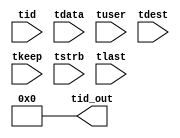

//*****************************************************************************
// (c) Copyright 2013 Xilinx, Inc. All rights reserved.
//
// This file contains confidential and proprietary information
// of Xilinx, Inc. and is protected under U.S. and
// international copyright and other intellectual property
// laws.
//
// DISCLAIMER
// This disclaimer is not a license and does not grant any
// rights to the materials distributed herewith. Except as
// otherwise provided in a valid license issued to you by
// Xilinx, and to the maximum extent permitted by applicable
// law: (1) THESE MATERIALS ARE MADE AVAILABLE "AS IS" AND
// WITH ALL FAULTS, AND XILINX HEREBY DISCLAIMS ALL WARRANTIES
// AND CONDITIONS, EXPRESS, IMPLIED, OR STATUTORY, INCLUDING
// BUT NOT LIMITED TO WARRANTIES OF MERCHANTABILITY, NON-
// INFRINGEMENT, OR FITNESS FOR ANY PARTICULAR PURPOSE; and
// (2) Xilinx shall not be liable (whether in contract or tort,
// including negligence, or under any other theory of
// liability) for any loss or damage of any kind or nature
// related to, arising under or in connection with these
// materials, including for any direct, or any indirect,
// special, incidental, or consequential loss or damage
// (including loss of data, profits, goodwill, or any type of
// loss or damage suffered as a result of any action brought
// by a third party) even if such damage or loss was
// reasonably foreseeable or Xilinx had been advised of the
// possibility of the same.
//
// CRITICAL APPLICATIONS
// Xilinx products are not designed or intended to be fail-
// safe, or for use in any application requiring fail-safe
// performance, such as life-support or safety devices or
// systems, Class III medical devices, nuclear facilities,
// applications related to the deployment of airbags, or any
// other applications that could lead to death, personal
// injury, or severe property or environmental damage
// (individually and collectively, "Critical
// Applications"). Customer assumes the sole risk and
// liability of any use of Xilinx products in Critical
// Applications, subject only to applicable laws and
// regulations governing limitations on product liability.

`timescale 1ps/1ps

module tid_mov_obj_det_axis_subset_converter_0_1 #
(
parameter C_S_AXIS_TID_WIDTH   = 1,
parameter C_S_AXIS_TUSER_WIDTH = 0,
parameter C_S_AXIS_TDATA_WIDTH = 0,
parameter C_S_AXIS_TDEST_WIDTH = 0,
parameter C_M_AXIS_TID_WIDTH   = 32
)
(
input  [(C_S_AXIS_TID_WIDTH   == 0 ? 1 : C_S_AXIS_TID_WIDTH)-1:0       ] tid,
input  [(C_S_AXIS_TDATA_WIDTH == 0 ? 1 : C_S_AXIS_TDATA_WIDTH)-1:0     ] tdata,
input  [(C_S_AXIS_TUSER_WIDTH == 0 ? 1 : C_S_AXIS_TUSER_WIDTH)-1:0     ] tuser,
input  [(C_S_AXIS_TDEST_WIDTH == 0 ? 1 : C_S_AXIS_TDEST_WIDTH)-1:0     ] tdest,
input  [(C_S_AXIS_TDATA_WIDTH/8)-1:0 ] tkeep,
input  [(C_S_AXIS_TDATA_WIDTH/8)-1:0 ] tstrb,
input                                                                    tlast,
output [(C_M_AXIS_TID_WIDTH   == 0 ? 1 : C_M_AXIS_TID_WIDTH)-1:0       ] tid_out
);

assign tid_out = {1'b0};

endmodule